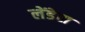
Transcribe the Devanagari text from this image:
लेंडेस